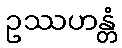
ဥဿဟန္တံ